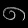
Digit: ၈